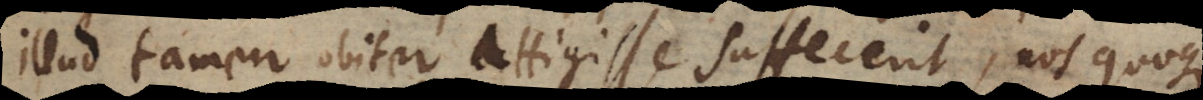
illud tamen obiter attigisse suffecerit, nos quoque